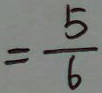
= \frac { 5 } { 6 }